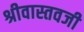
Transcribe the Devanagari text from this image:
श्रीवास्तवजी